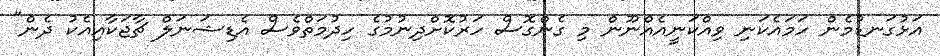
އަޅުގަނޑުމެން ހަމައެކަނި ވިއްކަނީއެއްނޫން މި ގެންގޮސް ހަރުކޮށްދިނުމުގެ ހިދުމަތްވެސް އެޑިޝަނަލް ޗާޖަކާއިއެކު ދެން"